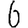
Digit: 6